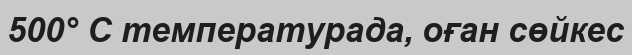
500° С температурада, оған сөйкес